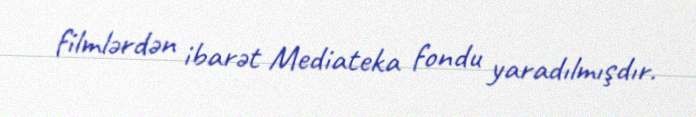
filmlərdən ibarət Mediateka fondu yaradılmışdır.